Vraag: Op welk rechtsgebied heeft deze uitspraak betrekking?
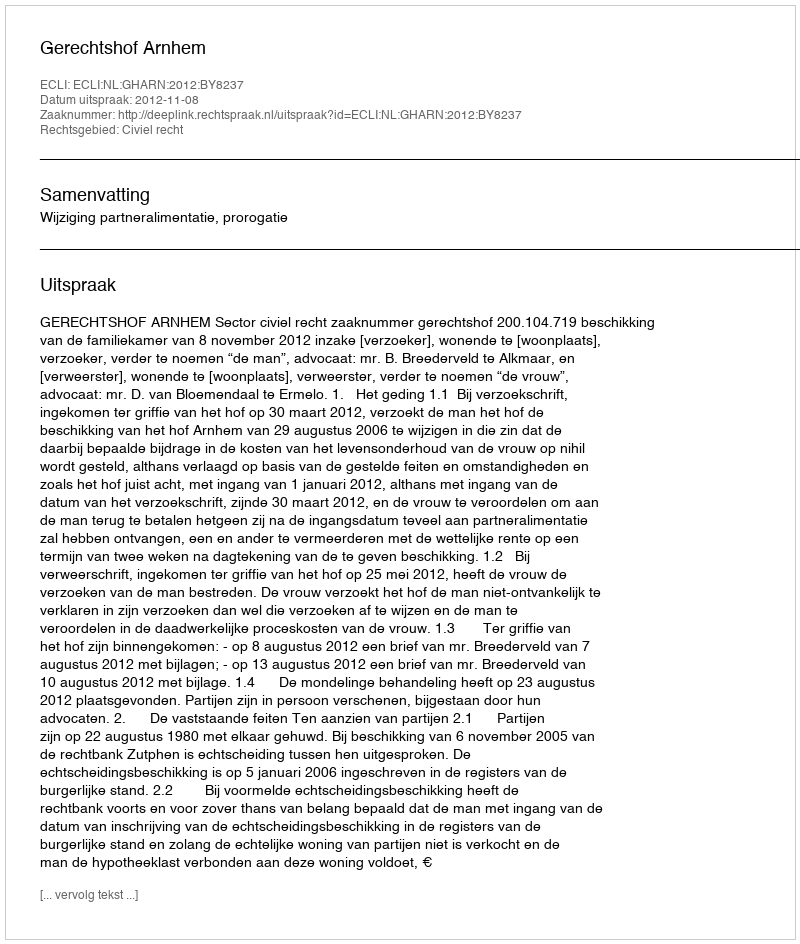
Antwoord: Civiel recht